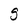
Character: g